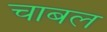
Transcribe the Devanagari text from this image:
चाबल